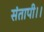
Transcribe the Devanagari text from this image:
संतापी।।